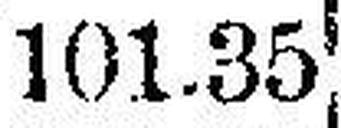
101.35